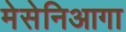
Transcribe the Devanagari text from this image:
मेसेनिआगा